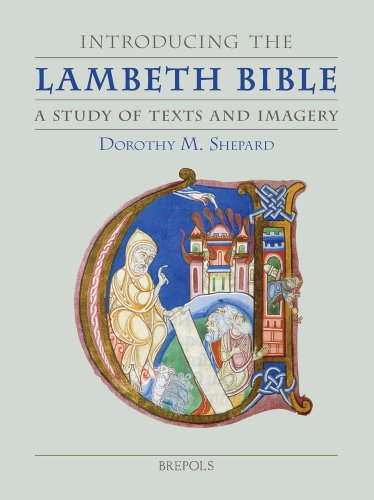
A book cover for Introducing the Lambeth Bible: A Study of Text and Imagery (Single Titles in Palaeography, Manuscript Studies & Book History); D. Shepard; Arts & Photography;